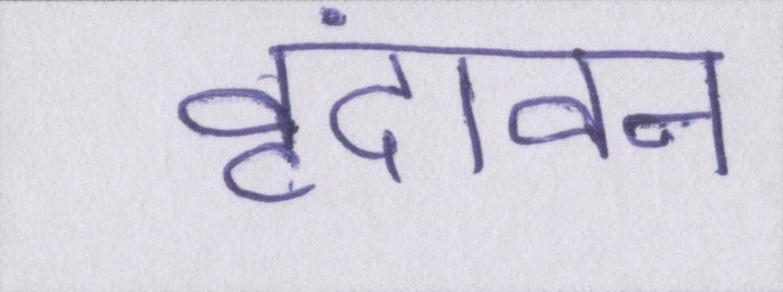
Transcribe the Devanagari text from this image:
वृंदावन